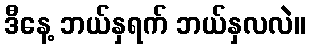
ဒီနေ့ ဘယ်နှရက် ဘယ်နှလလဲ။